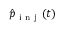
\hat { p } _ { \mathrm { ~ i ~ n ~ j ~ } } ( t )